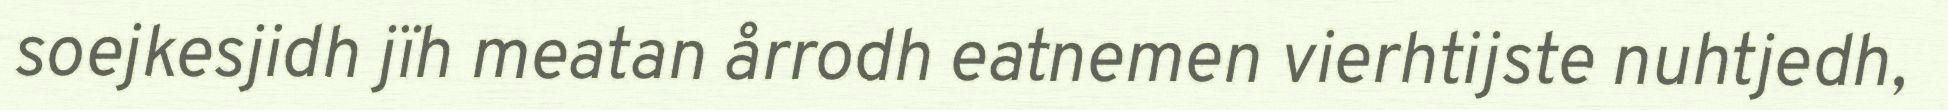
soejkesjidh jïh meatan årrodh eatnemen vierhtijste nuhtjedh,